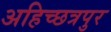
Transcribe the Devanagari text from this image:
अहिच्छत्रपुर